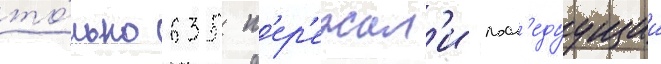
то́лько 635 п'ер'ежил'и посл'едуущии